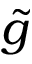
\tilde { g }